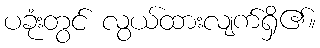
ပခုံးတွင် လွယ်ထားလျက်ရှိ၏။